Vital statistics of India. Vol. IV, Annual returns from 1871 to 1876. British Army of India, Native Army and jails of Bengal
Year: 1871
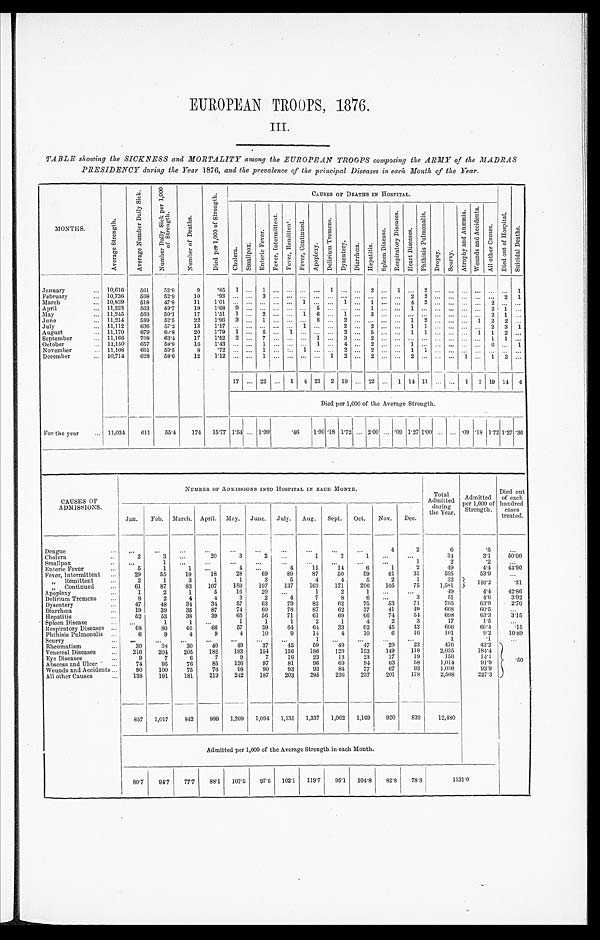
EUROPEAN TROOPS, 1876.
III.
TABLE showing the SICKNESS and MORTALITY among the EUROPEAN TROOPS composing the ARMY of the MADRAS
PRESIDENCY during the Year 1876, and the prevalence of the principal Diseases in each Month of the Year.
M O N T H S .
A v e r a g e S t r e n g t h .
A v e r a g e N u m b e r D a i l y S i c k .
N u m b e r D a i l y S i c k p e r 1 , 0 0 0 o f S t r e n g t h .
N u m b e r o f D e a t h s .
D i e d p e r 1 , 0 0 0 o f S t e r n g t h .
CAUSES OF DEATHS IN HOSPITAL.
D i e d o u t o f H o s p i t a l .
S u i c i d a l D e a t h s .
Chol e r a .
S m a l l p o x .
E n t e r i c F e v e r .
F e v e r , I n t e r m i t t e n t .
F e v e r , R e m i t t e n t
F e v e r , C o n t i n u e d .
A p o p l e x y .
D e l i r i u m T r e m e n s .
D y s e n t e r y . D s i a r r h œ a . H e p a t i t i s .
S p l e e n D i s e a s e s .
R e s p i r a t o r y D i s e a s e s .
H e a r t D i s e a s e s .
P h t h i s i s p u l m o n a l i s .
D r o p s y .
S c u r v y .
A t r o p h y a n d A n æ m i a .
W o u n d s a n d A c c i d e n t s .
A l l o t h e r c a u s e s .
January
... 10,610
561
52.9
9
.851
. . .
1
. . . . . . . . . . . . 1
. . . . . . 2
. . . 1 ... 2 ...
. . . . . .
. . . ...
...
1
February
... 10,736
568
52.9
10
. 9 3
...
. . . 3
. . . . . . . . . . . . . . . . . . . . . . . . . . . . . .
2 2 ...
. . . . . . . . .
... 2
1
March
... 10,839
518
47.8
1 1
1. 01...
. . .
...
. . . . . . 1
. . . . . . 1 . . . 1
. . . . . .
4 2 ...
. . . . . . . . .
2 ...
. . .
April
... 11,333
563
49.7
1 9
1. 689
. . .
...
. . . . . . . . . 5
. . . . . . . . . 1
. . . . . .
1 ... ...
. . . . . . . . .
2 1
. . .
May
... 11,245
563
50.1
1 7
1. 511
. . .
2
. . . . . . 1
6
. . . 1 . . . 3
. . . . . .
... ... ...
. . . . . . . . .
2 1
. . .
June
... 11,214
589
52.5
2 2
1. 963
. . .
1
. . . . . . . . . 8
. . . 2 . . . . . . . . . . . .
1 2 ...
. . . . . . 1 2 2 . . .
July
... 11,112
636
57.2
1 3
1. 17...
. . .
...
. . . . . . 1
. . . . . . 2 . . . 2
. . . . . .
1 1 ...
. . . . . . . . .
2 3
1
August
... 11,170
679
60.8
20
1 . 7 9 1 ... 5 ... 1 ... ... ... 2 ... 5
. . . . . . 1 1 ...
. . . . . . 1 1 2 ...
September
... 11,166
708
63.4
1 7 1.522
. . .
7
. . . . . . . . . 1
. . . 3 . . . 2
. . . . . .
... ... ...
. . . ... ... 1 1 ...
October
... 11,150
657
58.9
16
1.43 ... ... 1 ... ... ... 1 ... 4 ... 2
. . . ... 1 ... ... ...
. . . ... 6 ... 1
November
... 11,108
661
59.5
8
.72...
. . .
1
. . . . . . 1
. . . . . . 2 . . . 2
. . . . . .
1 1 ...
. . . . . . . . .
... ...
. . .
December
... 10,714
628
58.6
1 2 1.12...
. . .
1
. . . . . . . . . . . . 1
2 . . . 2
. . . . . .
2 ... ...
. . . 1 . . .
1 2 . . .
17 ... 22 ... 1 4 21 2 19
. . . 22 ... 1 14 11 ... ... 1 2 19 14 4
Died per 1,000 of the Average Strength.
For the year
... 11,034
611
55.4
174 15.77 1.54 ... 1.99
. 4 6 1.90 .18 1.72 ... 2.00
. . . .09 1.27 1.00 ...
. . . . 0 9 .18 1.72 1.27 .36
CAUSES OF
ADMISSIONS.
NUMBER OF ADMISSIONS INTO HOSPITAL IN EACH MONTH.
Total Admitted
during the Year. Admitted
per 1,000 of
Strength.
Died out
of each
hundred
cases
treated.
Jan.
Feb. March. April. May. June. July. Aug. Sept. Oct.
Nov. Dec.
Dengue
. . .
...
...
...
...
...
...
...
...
...
...
4
2
6
.5
...
Cholera
. . .
2
3
...
20
3
2
. . .
1
2
1
. . .
. . .
34
3.1
50.00
Smallpox
. . . ...
1
. . .
. . . ...
...
...
...
. . . ...
..
1
2
. 2
...
Enteric Fever
. . .
5
1
1
. . .
4
. . .
4
11
14
6
1
2
49
4.
44.90
Fever, Intermittent ...
29
55
19
18
28
69
89
87
50
59
61
31
595
53.
...
„ Remittent
. . .
2
1
3
1
1
3
5
4
4
5
2
1
32
146.2
.31
, , C o n t i n u e d
...
61
87
83
107
189
197
137
163
171
206
105
75
1,581
Apoplexy
...
1
2
1
5
16
20
...
1
2
1
. . . ...
49
4.4
42.86
Delirium Tremens
. . .
8
2
4
4
3
2
4
7
8
6
. . .
3
51
4.6
3.92
Dysentery
. . .
47
48
34
34
57
63
79
82
62
75
53
71
705
63.9
2.70
Diarrhœa
...
19
39
35
87
74
60
78
87
62
37
41
49
668
60.5
...
Hepatitis
. . .
52
53
38
39
65
56
71
61
69
66
74
54
698
63.3
3.15
Spleen Disease
. . . ...
1
1
. . .
1
1
1
2
1
4
2
3
17
1.5
...
Respiratory Diseases ...
68
80
46
66
57
39
64
64
33
62
45
42
666
60.4
.15
Phthisis Pulmonalis ...
6
9
4
9
4
10
9
1.4
4
10
6
16
101
9.2
10.89
Scurvy
. . .
. . .
...
...
. . .
...
...
. . .
. . .
. . . ...
...
...
1
.1
...
Rheumatism
...
30
3 8
30
40
49
37
45
59
49
47
29
23
476
43.2
.50
Venereal Diseases
...
216
204
205
182
183
154
156
186
129
153
149
118
2,035
184.4
Eye Diseases
...
9
7
6
7
9
7
16
23
13
23
17
19
156
14.1
Abscess and Ulcer ...
74
95
76
85
126
97
81
96
69
94
63
58
1,014
91.9
Wounds and Accidents ...
90
100
75
76
98
90
93
93
84
77
67
93
1,036
93.9
All other Causes
...
1 3 8 191
181
219
242
187
203
295
236
237
201
178
2,508
227.3
857 1,017
842
999 1,209 1,094 1,135 1,337 1,062 1,169
920
839
12,480
Admitted per 1,000 of the Average Strength in each Month.
80.7
94.7
77.7 88.1 107.5 97.5 102.1 119.7 95.1 104.8
82.8
78.3
1131.0